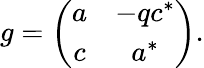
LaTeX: g=\left(\begin{array}{cc}{{a}}&{{-qc^{*}}}\\ {{c}}&{{a^{*}}}\end{array}\right).